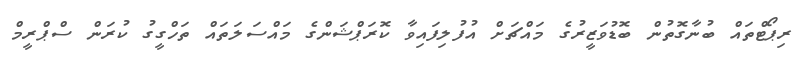
ރިޕޯޓްތައް ބުނާގޮތުން ބޮޑުވަޒީރުގެ މައްޗަށް އުފުލިފައިވާ ކޮރަޕްޝަންގެ މައްސަލަތައް ތަހްގީގު ކުރަން ސްޕްރީމް